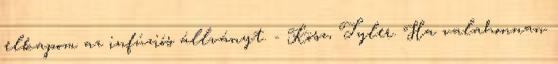
elkapom az infúziós állványt. - Kösz, Tyler. Ha valahonnan